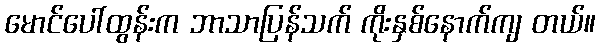
မောင်ပေါ်ထွန်းက ဘာသာပြန်သက် ကိုးနှစ်နောက်ကျ တယ်။